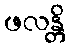
ဖလန္တိ